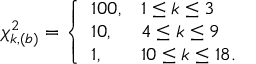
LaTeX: \chi _ { k , ( b ) } ^ { 2 } = \left\{ \begin{array} { l l } { { 1 0 0 , } } & { { 1 \leq k \leq 3 } } \\ { { 1 0 , } } & { { 4 \leq k \leq 9 } } \\ { { 1 , } } & { { 1 0 \leq k \leq 1 8 . } } \end{array} \right.